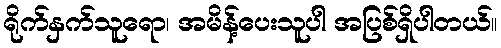
ရိုက်နှက်သူရော၊ အမိန့်ပေးသူပါ အပြစ်ရှိပါတယ်။